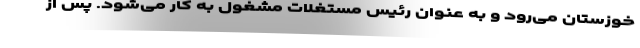
خوزستان می‌رود و به عنوان رئیس مستغلات مشغول به کار می‌شود. پس از